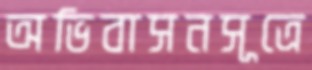
অভিবাসনসূত্রে